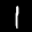
Label: 1